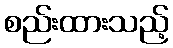
စည်းထားသည့်